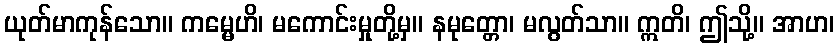
ယုတ်မာကုန်သော။ ကမ္မေဟိ၊ မကောင်းမှုတို့မှ။ နမုတ္တော၊ မလွတ်သာ။ ဣတိ၊ ဤသို့။ အာဟ၊